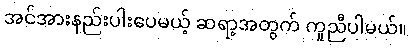
အင်အားနည်းပါးပေမယ့် ဆရာ့အတွက် ကူညီပါမယ်။